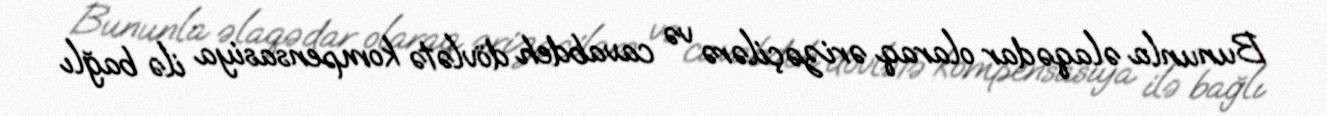
Bununla əlaqədar olaraq ərizəçilərə və cavabdeh dövlətə kompensasiya ilə bağlı